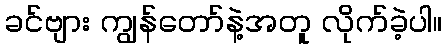
ခင်ဗျား ကျွန်တော်နဲ့အတူ လိုက်ခဲ့ပါ။